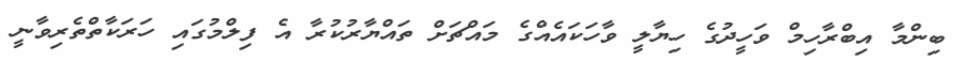
ބިންމާ އިބްރާހިމް ވަހީދުގެ ހިޔާލީ ވާހަކައެއްގެ މައްޗަށް ތައްޔާރުކުރާ އެ ފިލްމުގައި ހަރަކާތްތެރިވާނީ